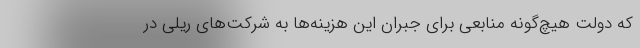
که دولت هیچ‌گونه منابعی برای جبران این هزینه‌ها به شرکت‌های ریلی در